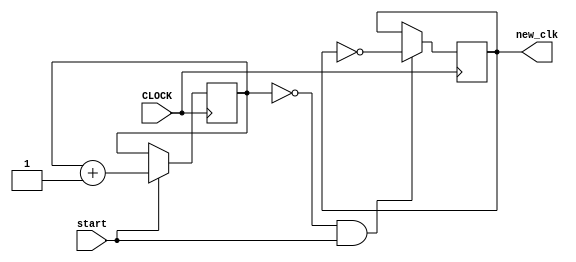
`timescale 1ns / 1ps

module game_clk(input CLOCK, start, output reg new_clk);
    reg [15:0] counter;
    initial begin
        counter = 0;
        new_clk = 0;
    end
    always @ (posedge CLOCK) begin
        counter <= (start) ? counter + 1: counter;
        new_clk <= (counter == 0 && start) ? ~new_clk: new_clk;
    end
endmodule